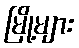
မြို့များ